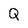
Character: Q